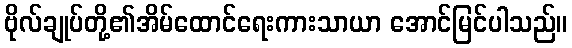
ဗိုလ်ချုပ်တို့၏အိမ်ထောင်ရေးကားသာယာ အောင်မြင်ပါသည်။